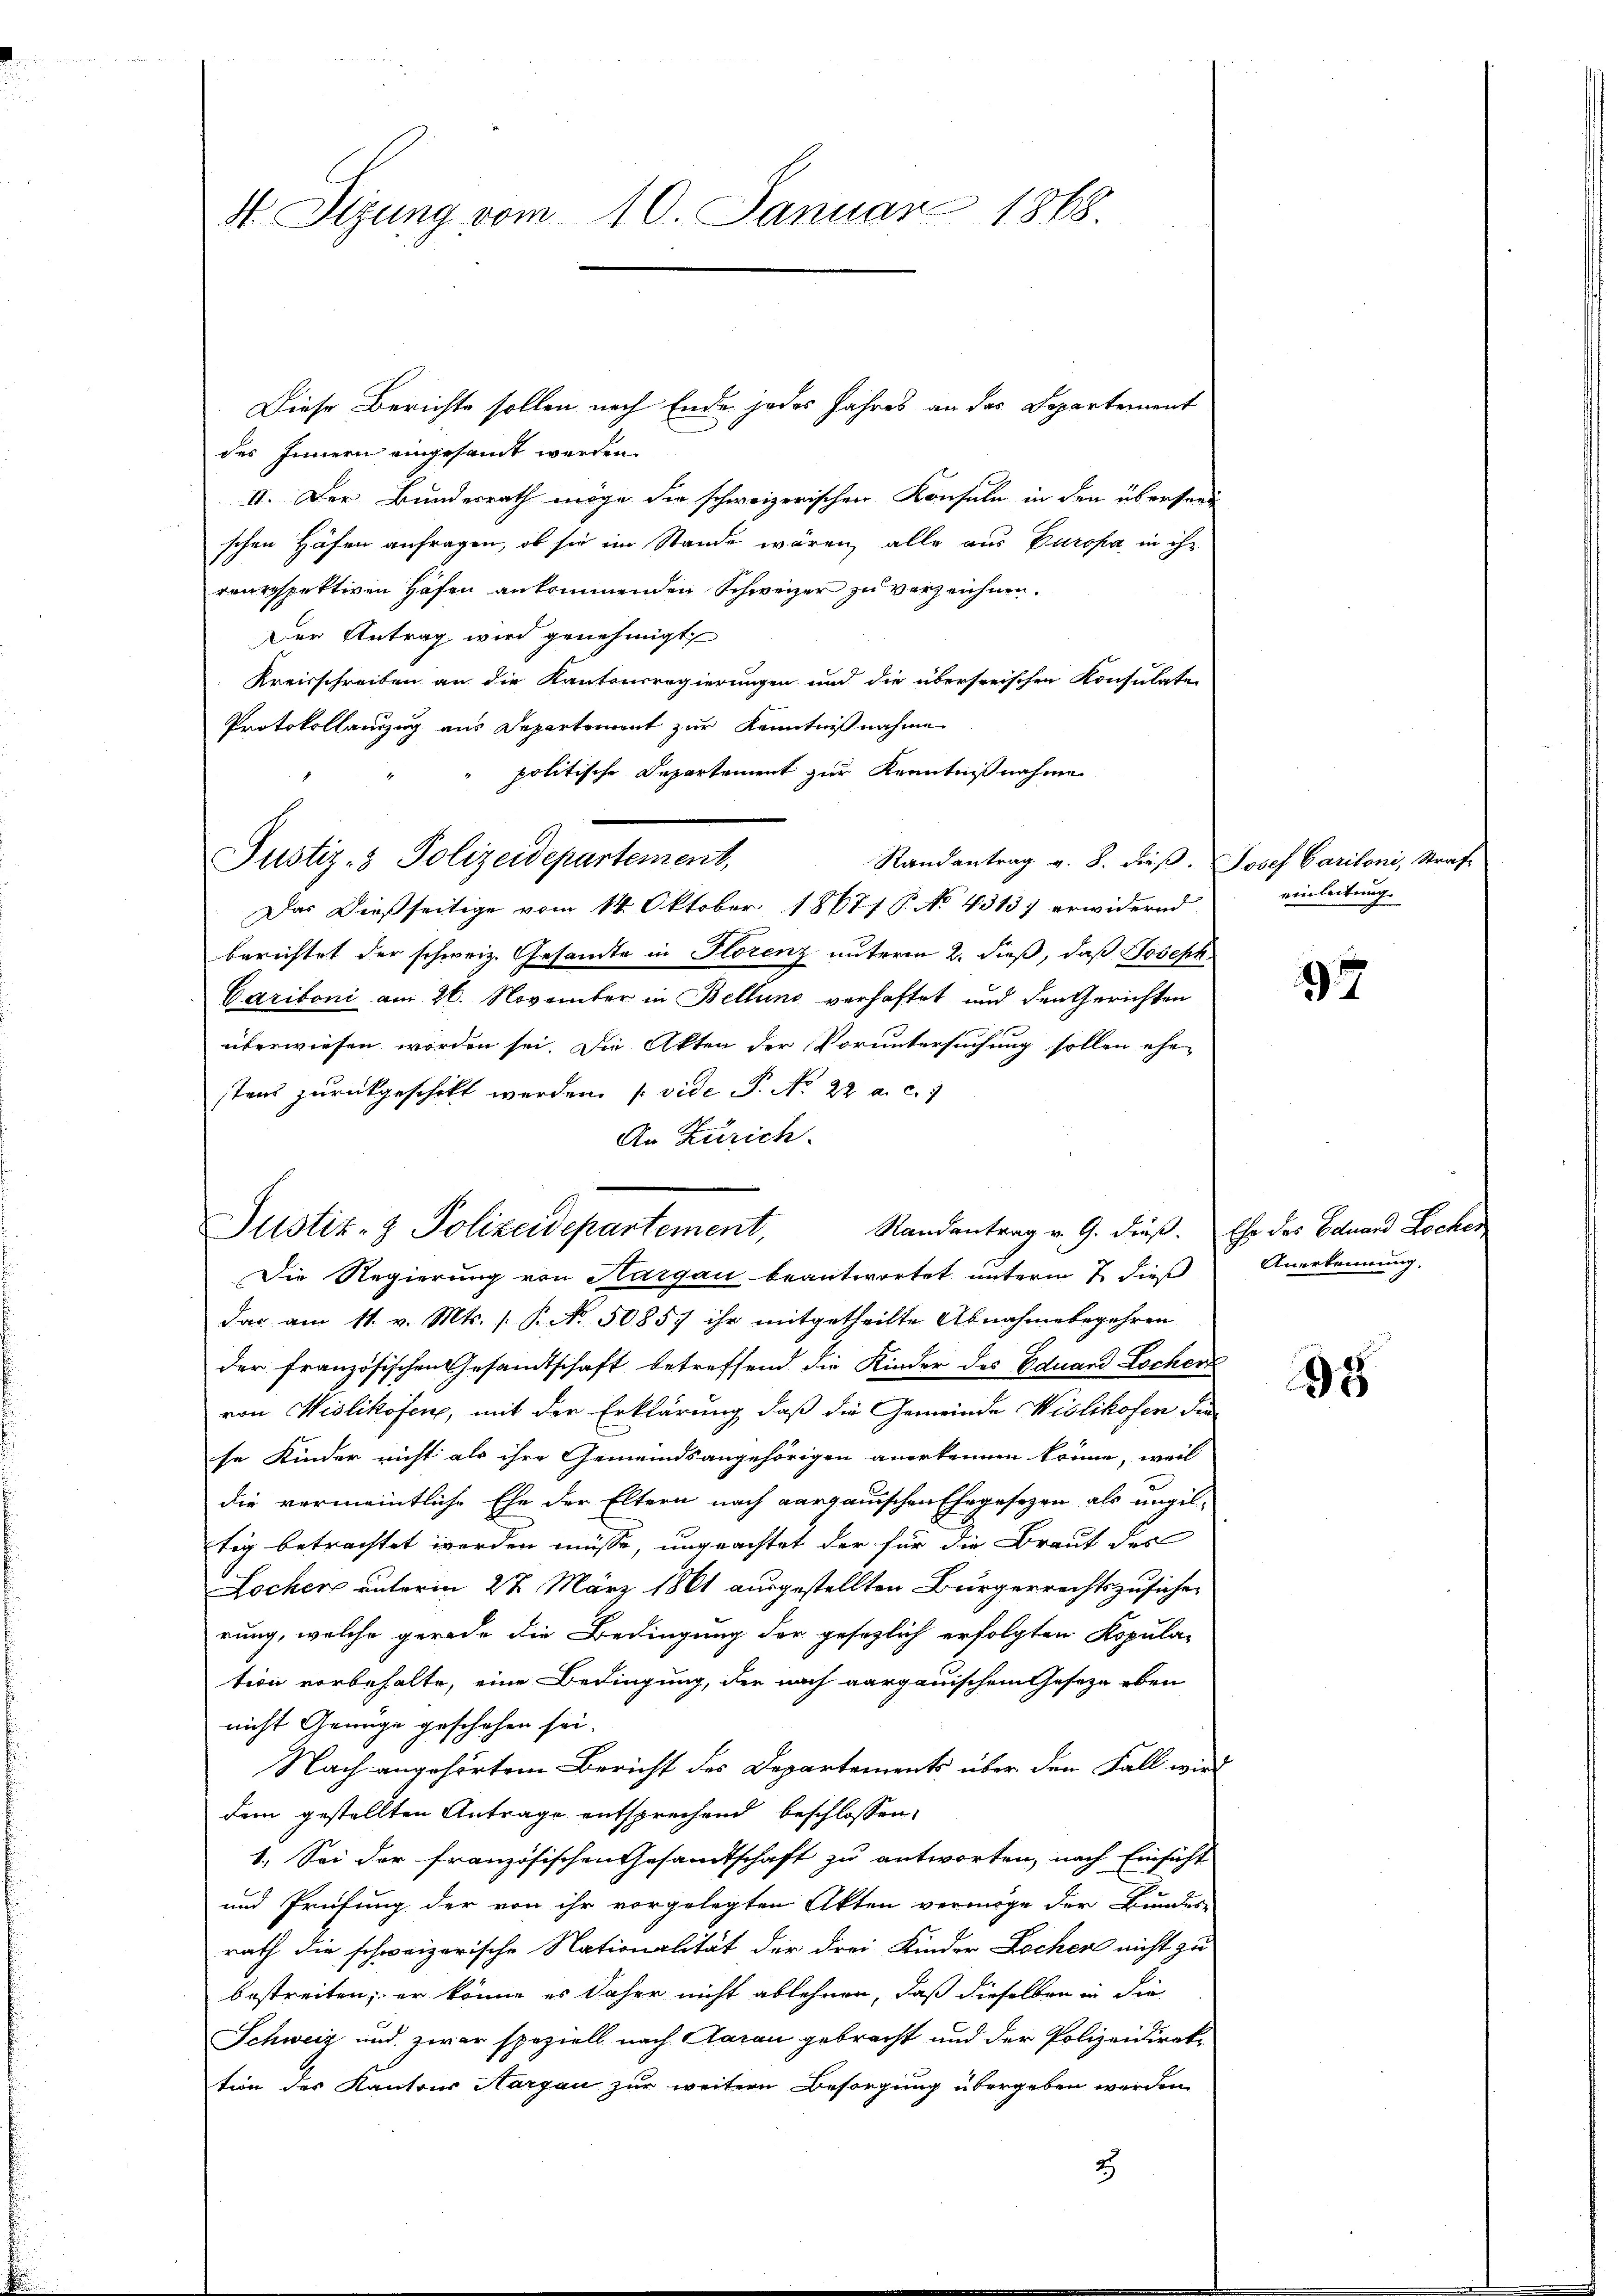
st. Sizung vom 10. Januar 1868.

Diese Berichte sollen nach Ende jedes Jahres an das Departement
des Innern eingesandt werden.
II. Der Bundesrath möge die schweizerischen Konsuln in den übersand
schen Häfen anfragen, ob sie im Stande wären, alle aus Paropa in ihr
reurspektiven Hafen ankommenden Schweizer zu verzeichnen.
Der Antrag wird genehmigt
Kreisschreiben an die Kantonsregierungen und die überserischen Konsulate
Protokollanzug aus Departement zur Kenntnißnahme
politische Departement zur Kenntnißnahmen
Randantrag v. B. dieß. Josef Caritoni, Strafe
Das Dießseitige vom 14. Oktober 18671 P. No 4313) erwidernd
berichtet der schweiz. Gesamte in Florenz unterm 2. dieß, daß Joseph
Cariboni am 26. November in Bellung verhaftet und den Gerichten
überwiesen worden sei. Die Akten der Voruntersuchung sollen ehe
stens zurückgeschikt werden. (vide P. Nr. 22 a. c.
An Zürich.
Standentrag v. G. dieß. Ehe des Eduard Loches
Die Regierung von Aargau beantwortet unterm 7. dieß Anerkennung.
das am 11. v. Mts. s. R. No. 50857 ihr mitgetheilte Abnahmebegehren
der französischen Gesandtschaft betreffend die Kinder des Eduard Locher
von Wislikofen, mit der Erklärung, daß die Gemeinde Wislikofen die
se Kinder nicht als ihre Gemeindsangehörigen anerkennen könne, weil
die vermeintliche Ehe der Eltern nach aargauischen Ehegesezen als ungil-
tig betrachtet werden müsse, ungeachtet der für die Braut des
Locher unterm 22. März 1861 ausgestellten Bürgerrechtszusicher
rung, welche gerade die Bedingung der gesezlich erfolgten Kopula-
tion vorbehalte, eine Bedingung, der nach aargauischem Gesetze eben
nicht Genüge geschehen sei.
Nach angehörtem Bericht des Departements über den Fall wird
dem gestellten Antrage entsprechend beschlossen,
1. Sei der französischen Gesandtschaft zu antworten, nach Einsicht
und Prüfung der von ihr vorgelegten Akten vermöge der Bundes-
rath die schweizerische Nationalität der drei Kinder Lochen nicht zu
bestreiten; er könne es daher nicht ablehnen, daß dieselben in die
Schweiz und zwar speziell nach Aarau gebracht und der Polizeidirek-
tion des Kantons Aargau zur weitern Besorgung übergeben werden.
2

Justiz- & Polizeidepartement,

Justiz- & Polizeidepartement,

einleitung

97

198